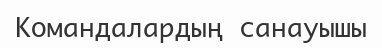
Командалардың санауышы